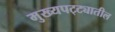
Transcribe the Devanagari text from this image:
मुख्यपट्ट्यातील